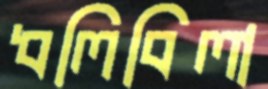
ধলিবিলা